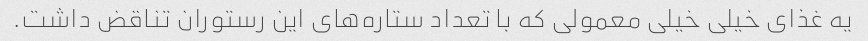
یه غذای خیلی خیلی معمولی که با تعداد ستاره‌های این رستوران تناقض داشت.